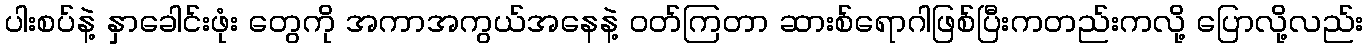
ပါးစပ်နဲ့ နှာခေါင်းဖုံး တွေကို အကာအကွယ်အနေနဲ့ ဝတ်ကြတာ ဆားစ်ရောဂါဖြစ်ပြီးကတည်းကလို့ ပြောလို့လည်း